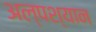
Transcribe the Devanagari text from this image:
अल्पश्यान